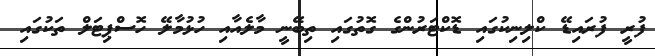
ފުރީ ފުރައިޑޭ ކްލިނިކުގައި ޑޮކްޓަރުންގެ ގޮތުގައި ތިބޭނީ މާލެއާއި ހުޅުމާލޭ ހޮސްޕިޓަލް ތަކުގައި